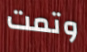
وتمت